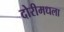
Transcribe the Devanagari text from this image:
दोरीमधला